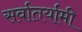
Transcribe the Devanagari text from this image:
सर्वातर्यामी